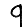
Digit: 9